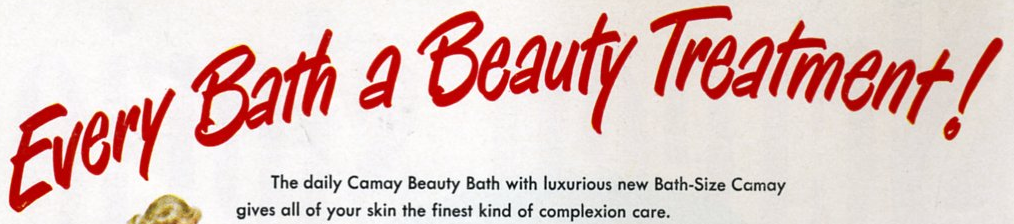
Every Bath a Beauty Treatment!